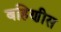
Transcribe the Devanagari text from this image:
बहिणीस